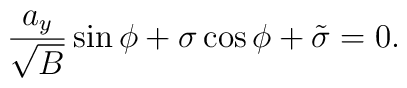
\frac{a_y}{\sqrt B}\sin\phi+\sigma\cos\phi+\tilde\sigma=0.